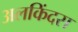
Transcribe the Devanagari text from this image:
अलकिंदस